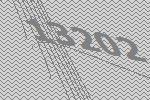
13202